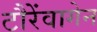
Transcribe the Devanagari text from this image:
टौरेंवागेन